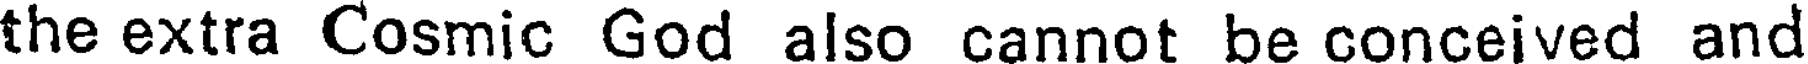
the extra Cosmic God also cannot be conceived and